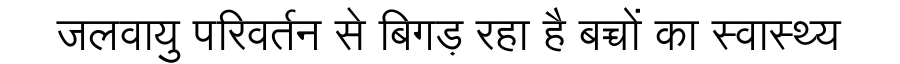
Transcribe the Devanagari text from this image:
जलवायु परिवर्तन से बिगड़ रहा है बच्चों का स्वास्थ्य